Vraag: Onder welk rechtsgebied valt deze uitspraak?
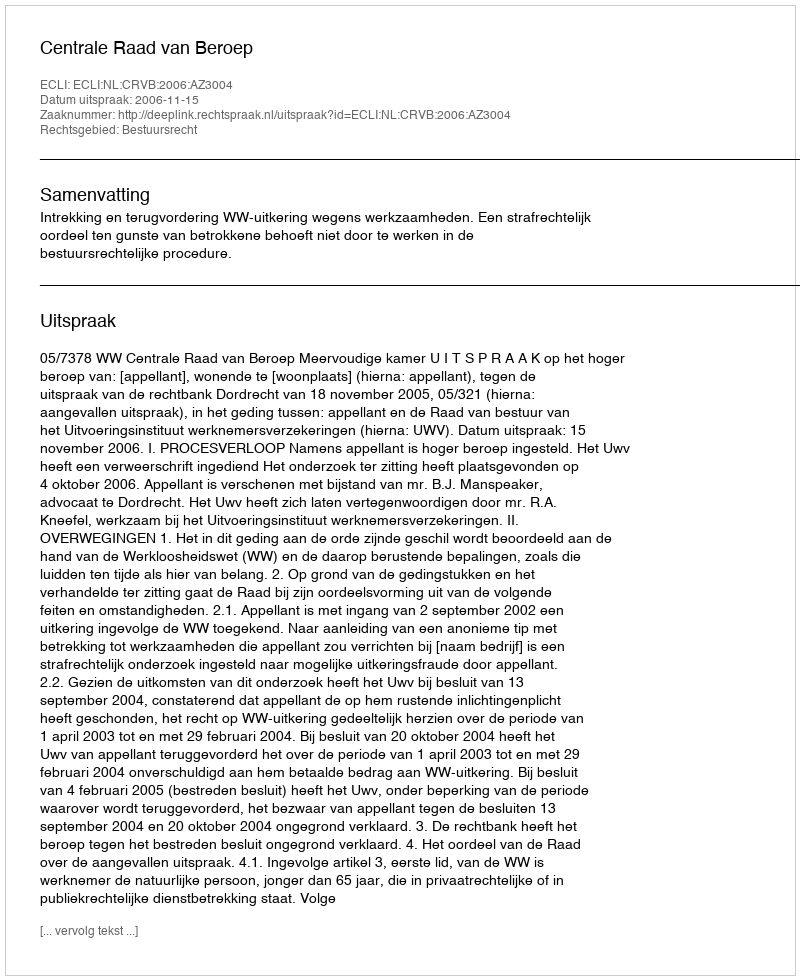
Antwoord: Bestuursrecht